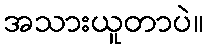
အသားယူတာပဲ။